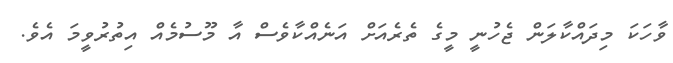
ވާހަކަ މިދައްކާލަން ޖެހުނީ މީގެ ތެރެއަށް އަނެއްކާވެސް އާ މޫސުމެއް އިތުރުވީމަ އެވެ.